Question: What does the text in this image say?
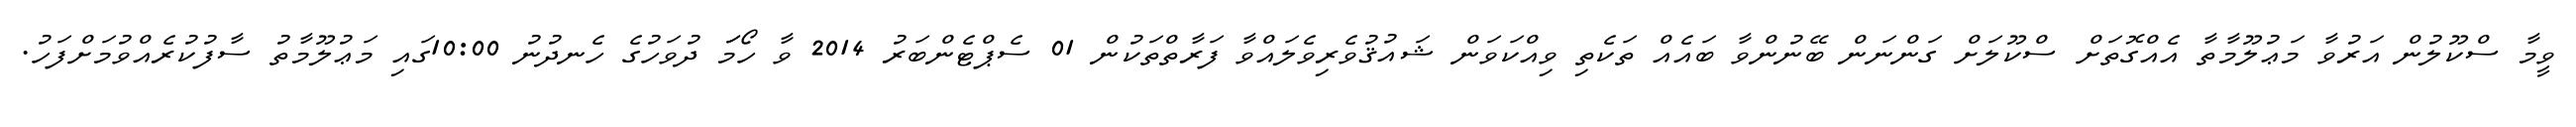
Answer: ވީމާ ސްކޫލުން އަރުވާ މަޢުލޫމާތާ އެއްގޮތަށް ސްކޫލަށް ގަންނަން ބޭނުންވާ ބައެއް ތަކެތި ވިއްކަވަން ޝައުޤުވެރިވެލައްވާ ފަރާތްތަކުން 01 ސެޕްޓެންބަރު 2014 ވާ ހޯމަަ ދުވަހުގެ ހެނދުނު 10:00ގައި މަޢުލޫމާތު ސާފުކުރެއްވުމަށްފަހު.